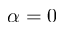
\alpha = 0